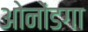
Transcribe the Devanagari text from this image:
ओनोंडगा